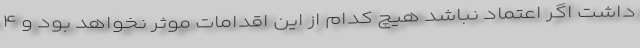
داشت اگر اعتماد نباشد هیچ کدام از این اقدامات موثر نخواهد بود و ۴